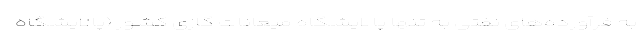
به فرآورده‌های نفتی به تنها پالایشگاه میعانات گازی کشور (پالایشگاه